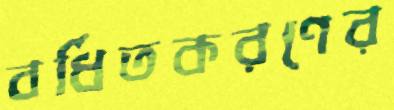
বর্ধিতকরণের